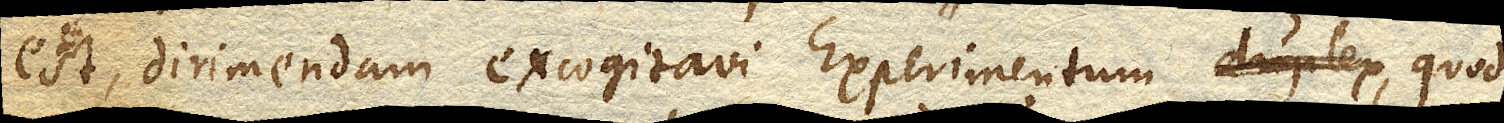
est, dirimendam excogitavi Experimentumduplex, quod